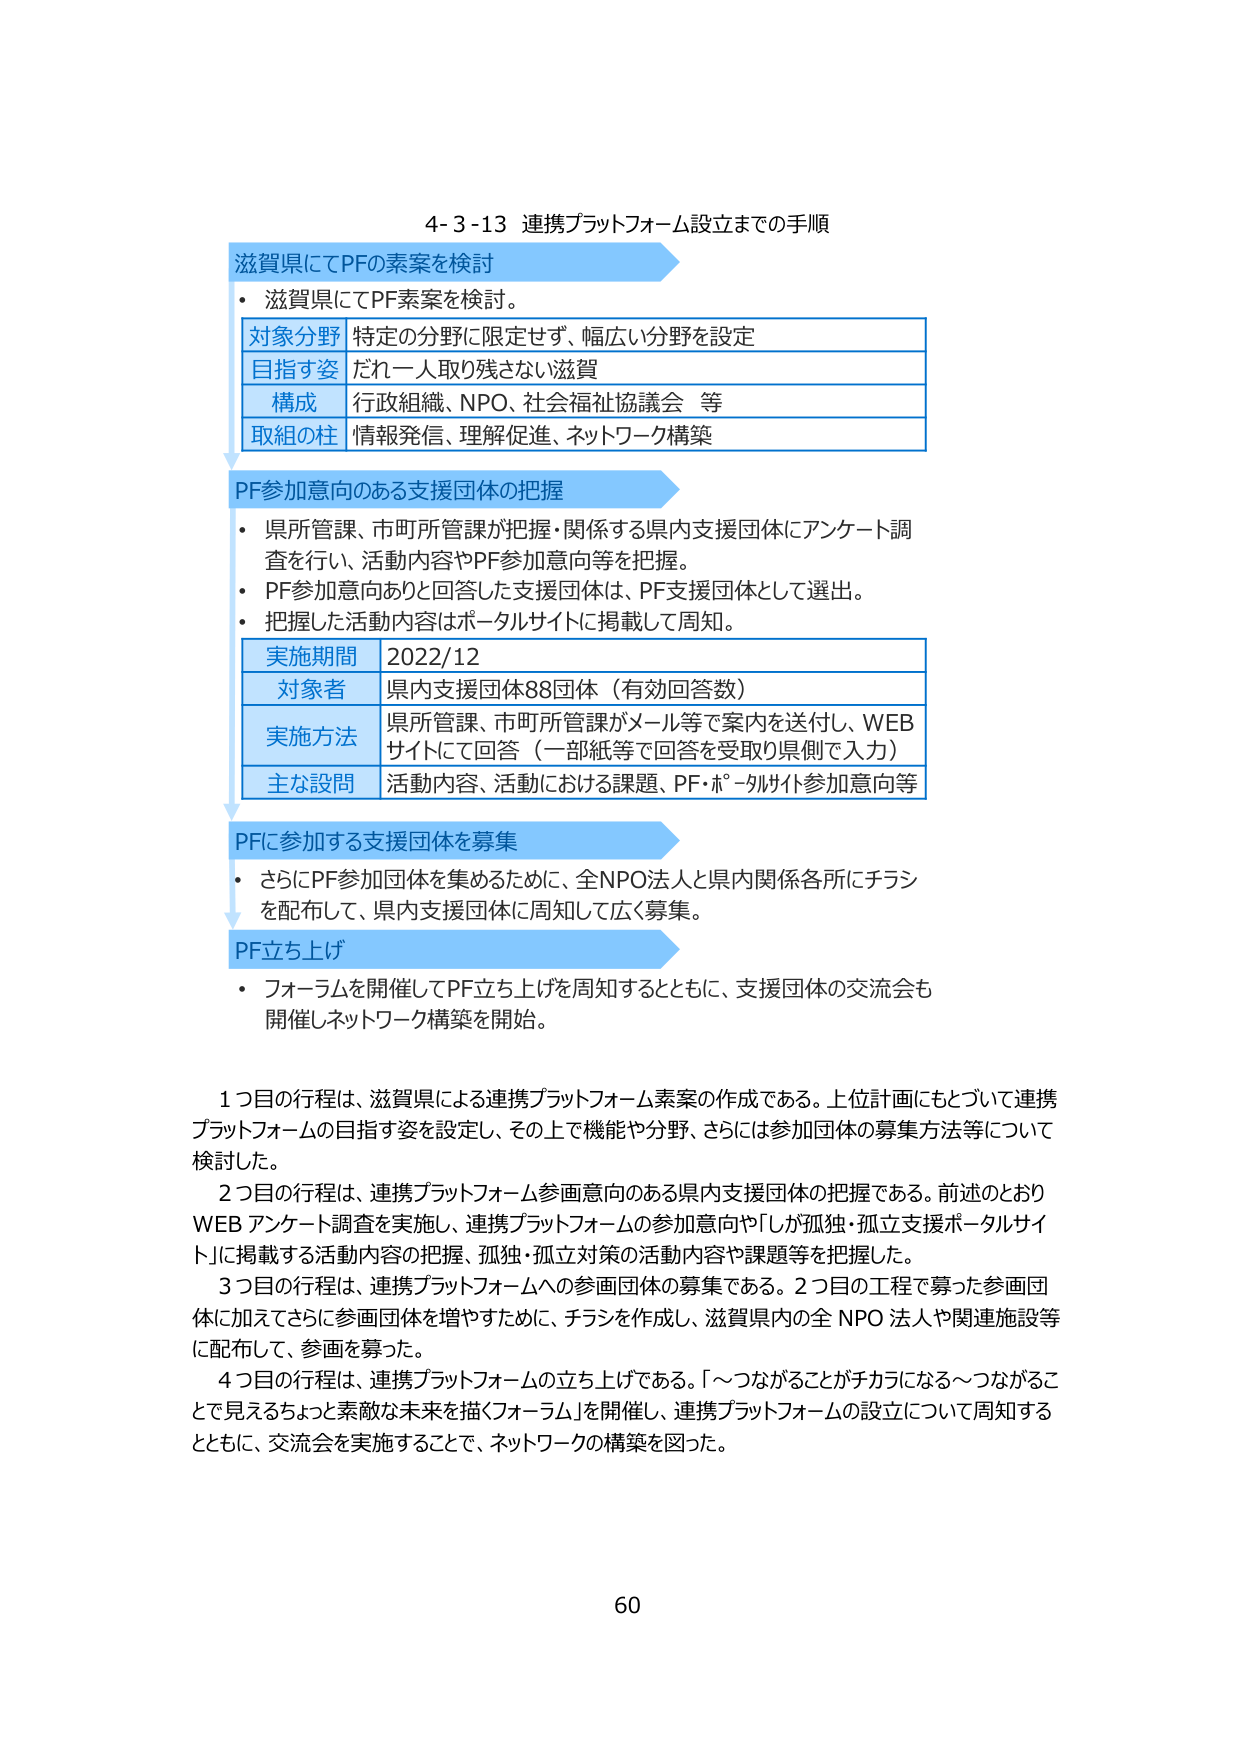
4-3-13 連携プラットフォーム設立までの手順

滋賀県にてPFの素案を検討
・滋賀県にてPF素案を検討。
対象分野 特定の分野に限定せず、幅広い分野を設定
目指す姿 だれ一人取り残さない滋賀
構成 行政組織、NPO、社会福祉協議会 等
取組の柱 情報発信、理解促進、ネットワーク構築

PF参加意向のある支援団体の把握
・県所管課、市町所管課が把握・関係する県内支援団体にアンケート調査を行い、活動内容やPF参加意向等を把握。
・PF参加意向ありと回答した支援団体は、PF支援団体として選出。
・把握した活動内容はポータルサイトに掲載して周知。
実施期間 2022/12
対象者 県内支援団体88団体（有効回答数）
実施方法 県所管課、市町所管課がメール等で案内を送付し、WEBサイトにて回答（一部紙等で回答を受取り県側で入力）
主な設問 活動内容、活動における課題、PF・ポータルサイト参加意向等

PFに参加する支援団体を募集
・さらにPF参加団体を集めるために、全NPO法人と県内関係各所にチラシを配布して、県内支援団体に周知して広く募集。

PF立ち上げ
・フォーラムを開催してPF立ち上げを周知するとともに、支援団体の交流会も開催しネットワーク構築を開始。

1つ目の行程は、滋賀県による連携プラットフォーム素案の作成である。上位計画にもとづいて連携プラットフォームの目指す姿を設定し、その上で機能や分野、さらには参加団体の募集方法等について検討した。
2つ目の行程は、連携プラットフォーム参加意向のある県内支援団体の把握である。前述のとおりWEBアンケート調査を実施し、連携プラットフォームの参加意向や「しが孤独・孤立支援ポータルサイト」に掲載する活動内容の把握、孤独・孤立対策の活動内容や課題等を把握した。
3つ目の行程は、連携プラットフォームへの参画団体の募集である。2つ目の工程で募った参画団体に加えてさらに参画団体を増やすために、チラシを作成し、滋賀県内の全NPO法人や関連施設等に配布して、参画を募った。
4つ目の行程は、連携プラットフォームの立ち上げである。「～つながることがチカラになる～つながることで見えるちょっと素敵な未来を描くフォーラム」を開催し、連携プラットフォームの設立について周知するとともに、交流会を実施することで、ネットワークの構築を図った。

60